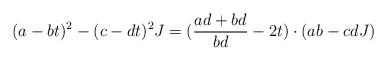
LaTeX: \begin{align*} (a-bt)^2 - (c-dt)^2 J = (\frac{ad+bd}{bd} -2t) \cdot (ab - cdJ)\end{align*}